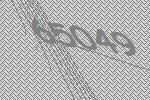
65049